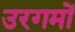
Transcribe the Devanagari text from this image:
उरगमों